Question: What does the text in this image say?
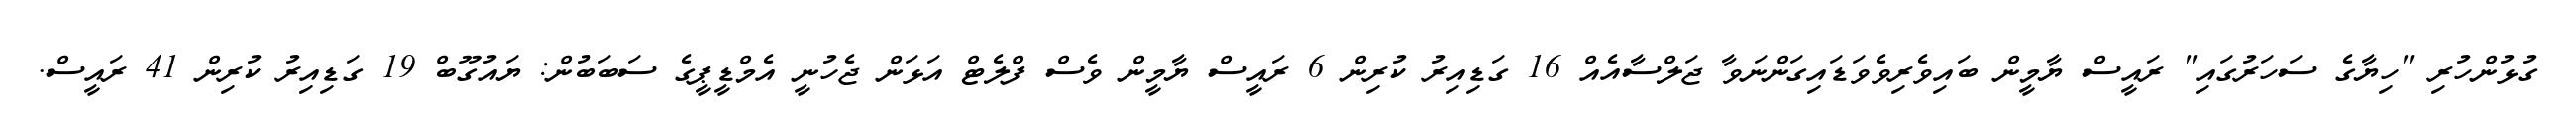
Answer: ގުޅުންހުރި "ހިޔާގެ ސަހަރުގައި" ރައީސް ޔާމީން ބައިވެރިވެވަޑައިގަންނަވާ ޖަލްސާއެއް 16 ގަޑިއިރު ކުރިން 6 ރައީސް ޔާމީން ވެސް ފްލެޓް އަޅަން ޖެހުނީ އެމްޑީޕީގެ ސަބަބުން: ޔައުގޫބް 19 ގަޑިއިރު ކުރިން 41 ރައީސް.